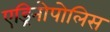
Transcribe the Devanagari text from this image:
एड्रिनोपोलिस